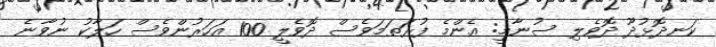
ކަނދޮޅުދޫ ދޮވެލި ސުނާމީ: އެންމެ ފުރަތަމަވެސް ދޮވެލީ 100 އަހަރުންވެސް ހަލާކު ނުވާނެ